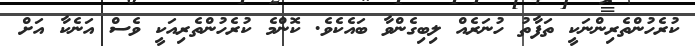
ކުރެހުންތެރިންނަކީ ތަފާތު ހުނަރެއް ލިބިގެންވާ ބައެކެވެ. ކޮންމެ ކުރެހުންތެރިއަކީ ވެސް އަނެކާ އަށް